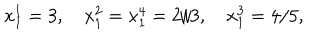
x _ { 1 } ^ { 1 } = 3 , \quad x _ { 1 } ^ { 2 } = x _ { 1 } ^ { 4 } = 2 / 3 , \quad x _ { 1 } ^ { 3 } = 4 / 5 ,